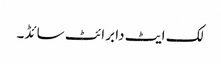
لک ایٹ دا برائٹ سائڈ۔